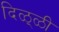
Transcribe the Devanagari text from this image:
दिळ्ळी